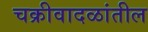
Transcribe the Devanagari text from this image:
चक्रीवादळांतील